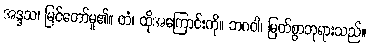
အဒ္ဒသ၊ မြင်တော်မူ၏။ တံ၊ ထိုအကြောင်းကို။ ဘဂဝါ၊ မြတ်စွာဘုရားသည်။